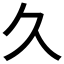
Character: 久